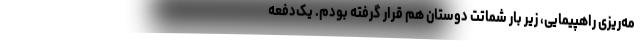
مه‌ریزی راهپیمایی، زیر بار شماتت دوستان هم قرار گرفته بودم. یک‌دفعه